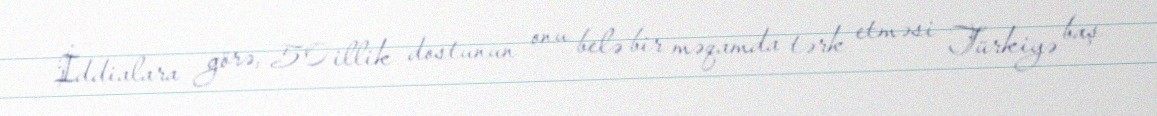
İddialara görə, 50 illik dostunun onu belə bir məqamda tərk etməsi Türkiyə baş